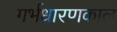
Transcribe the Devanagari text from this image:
गर्भधारणकाल